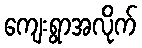
ကျေးရွာအလိုက်